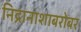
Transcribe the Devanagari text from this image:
निद्रानाशाबरोबर